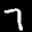
Label: 7